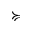
\succcurlyeq